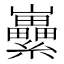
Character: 𡿜